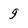
Character: g